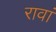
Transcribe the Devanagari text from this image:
रावां